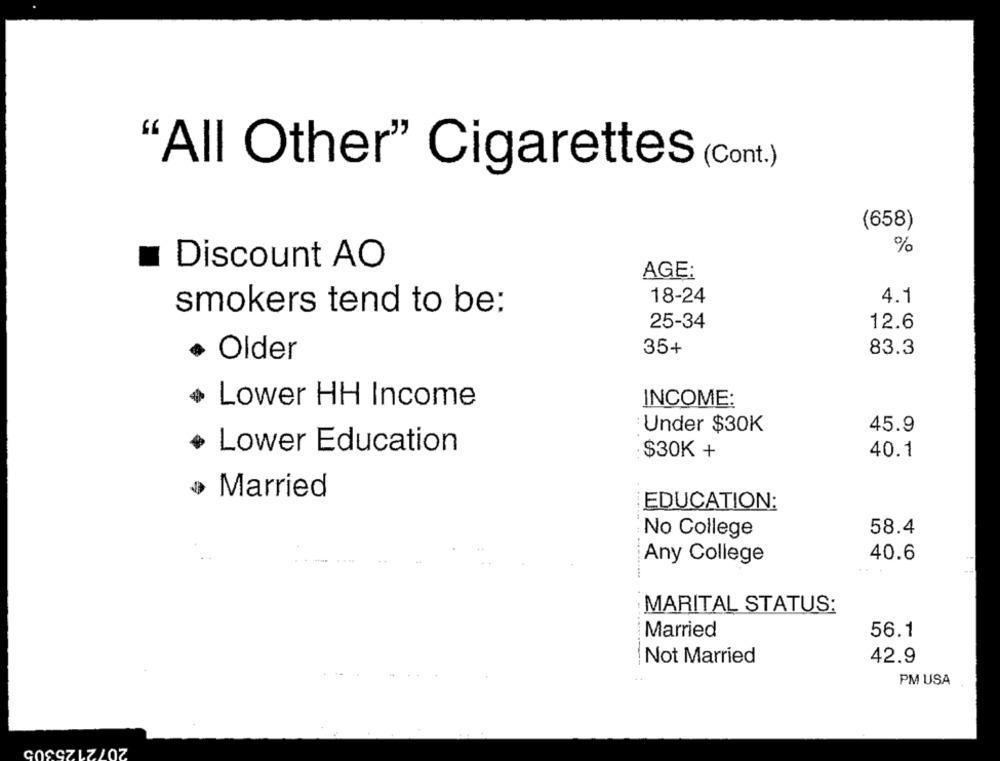
"All Other" Cigarettes (Cont.)
(658)
%
Discount AO
AGE:
18-24
4.1
smokers tend to be:
25-34
12.6
35+
83.3
· Older
Lower HH Income
INCOME:
: Under $30K
45.9
Lower Education
$30K +
40.1
Married
EDUCATION:
58.4
No College
40.6
Any College
------------
MARITAL STATUS:
Married
56.1
Not Married
42.9
PM USA
COSCZLZ/07